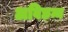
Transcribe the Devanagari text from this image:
अविछन्न